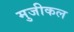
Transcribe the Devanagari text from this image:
मुजीकल